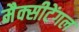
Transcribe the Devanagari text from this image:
मैक्‍सीटेंगल